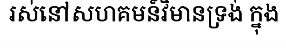
រស់នៅសហគមន៍វិមានទ្រង់ ក្នុង